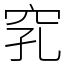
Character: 𥥅